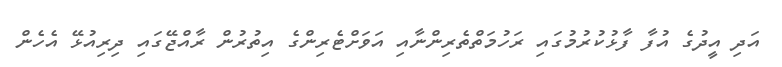
އަދި އީދުގެ އުފާ ފާޅުކުރުމުގައި ރަހުމަތްތެރިންނާއި އަވަށްޓެރިންގެ އިތުރުން ރާއްޖޭގައި ދިރިއުޅޭ އެހެން